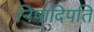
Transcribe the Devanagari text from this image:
निषादिपति